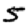
Digit: 5